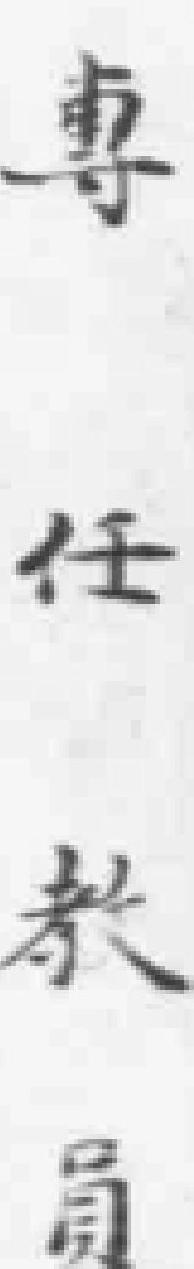
專任教员